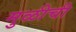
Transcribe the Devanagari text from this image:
मुळीची